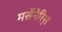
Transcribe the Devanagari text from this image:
मर्सेनेरिस़